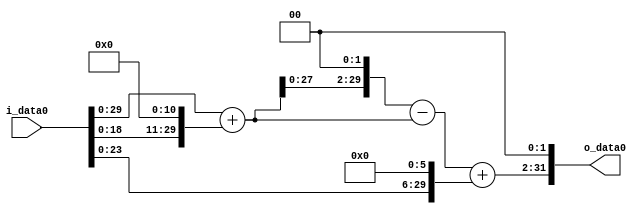
module multiplier_block (
    i_data0,
    o_data0
);

  // Port mode declarations:
  input   [31:0] i_data0;
  output  [31:0]
    o_data0;

  //Multipliers:

  wire [31:0]
    w1,
    w2048,
    w2049,
    w8196,
    w6147,
    w64,
    w6211,
    w24844;

  assign w1 = i_data0;
  assign w2048 = w1 << 11;
  assign w2049 = w1 + w2048;
  assign w24844 = w6211 << 2;
  assign w6147 = w8196 - w2049;
  assign w6211 = w6147 + w64;
  assign w64 = w1 << 6;
  assign w8196 = w2049 << 2;

  assign o_data0 = w24844;

  //multiplier_block area estimate = 4886.48160088529;
endmodule